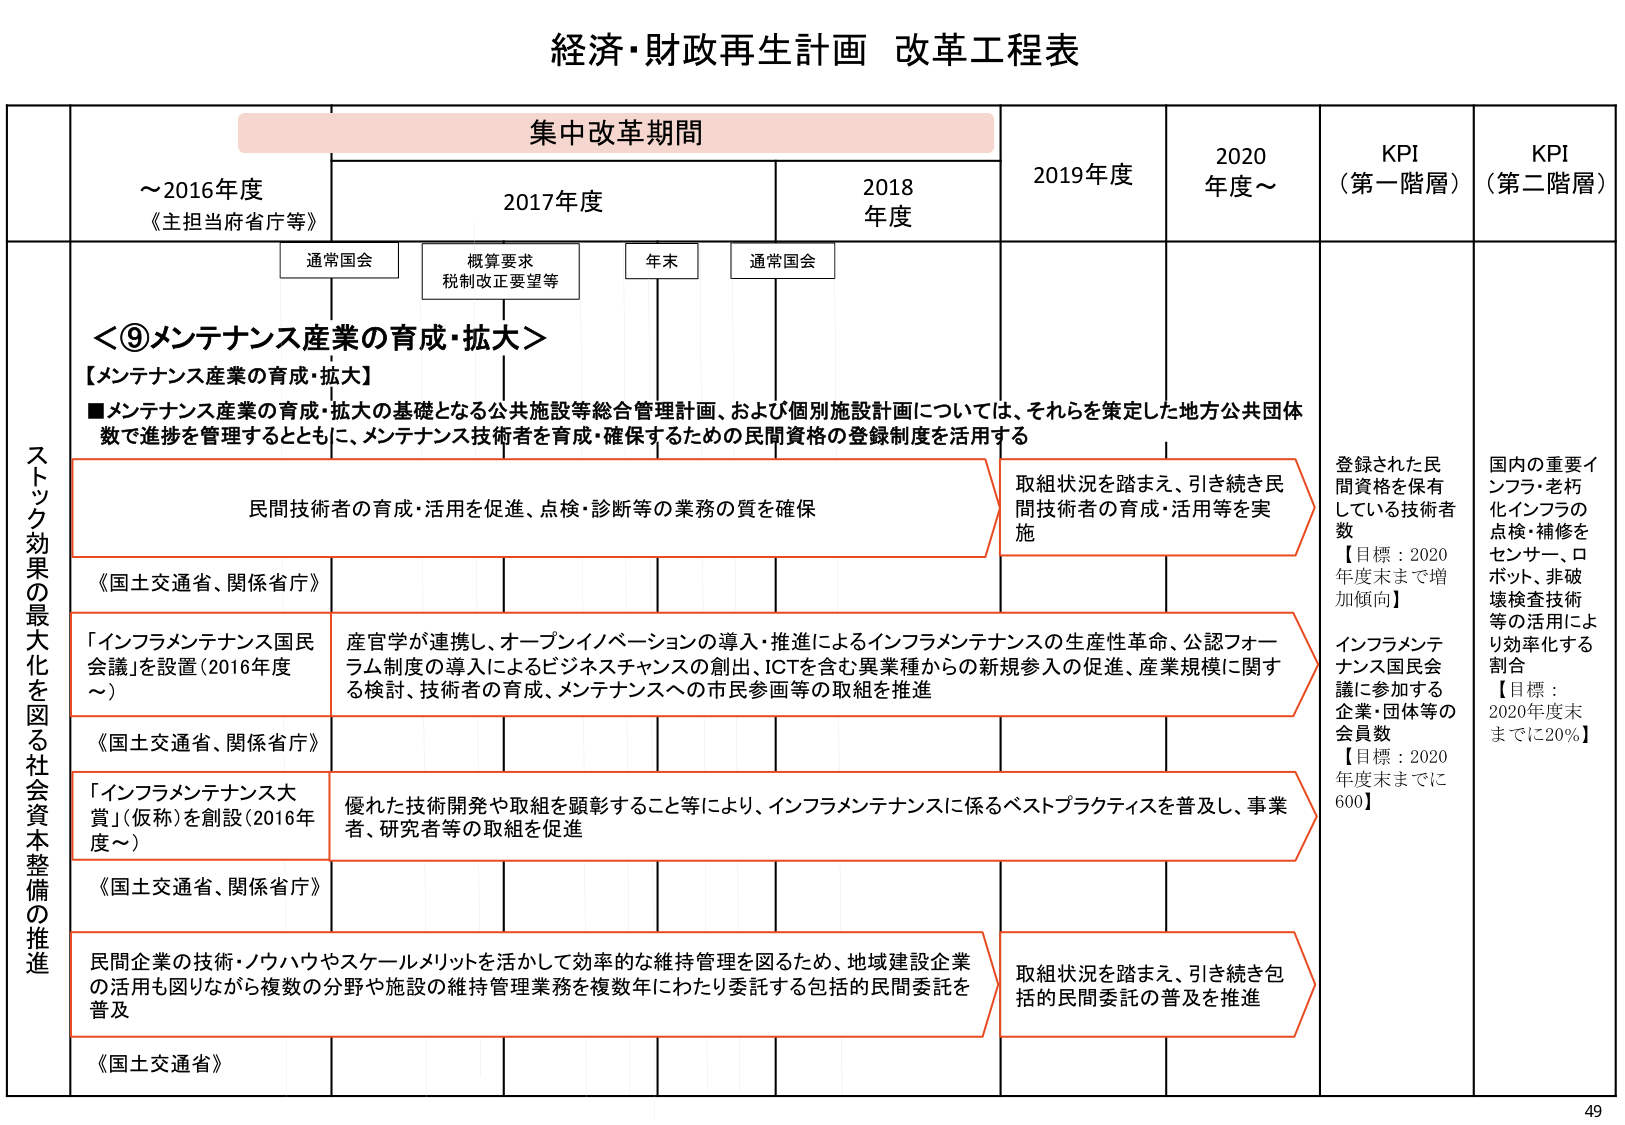
経済・財政再生計画 改革工程表

集中改革期間

～2016年度
《主担当府省庁等》

2017年度

2018年度

2019年度

2020年度～

KPI
（第一階層）

KPI
（第二階層）

通常国会

概算要求
税制改正要望等

年末

通常国会

ストック効果の最大化を図る社会資本整備の推進

＜⑨メンテナンス産業の育成・拡大＞

【メンテナンス産業の育成・拡大】

■メンテナンス産業の育成・拡大の基礎となる公共施設等総合管理計画、および個別施設計画については、それらを策定した地方公共団体数で進捗を管理するとともに、メンテナンス技術者を育成・確保するための民間資格の登録制度を活用する

民間技術者の育成・活用を促進、点検・診断等の業務の質を確保

取組状況を踏まえ、引き続き民間技術者の育成・活用等を実施

登録された民間資格を保有している技術者数
【目標：2020年度末までに増加傾向】

国内の重要インフラ・老朽化インフラの点検・補修をセンサー、ロボット、非破壊検査技術等の活用により効率化する割合
【目標：2020年度末までに20％】

《国土交通省、関係省庁》

「インフラメンテナンス国民会議」を設置（2016年度～）

産官学が連携し、オープンイノベーションの導入・推進によるインフラメンテナンスの生産性革命、公認フォーラム制度の導入によるビジネスチャンスの創出、ICTを含む異業種からの新規参入の促進、産業規模に関する検討、技術者の育成、メンテナンスへの市民参画等の取組を推進

インフラメンテナンス国民会議に参加する企業・団体等の会員数
【目標：2020年度末までに600】

《国土交通省、関係省庁》

「インフラメンテナンス大賞」（仮称）を創設（2016年度～）

優れた技術開発や取組を顕彰すること等により、インフラメンテナンスに係るベストプラクティスを普及し、事業者、研究者等の取組を促進

《国土交通省、関係省庁》

民間企業の技術・ノウハウやスケールメリットを活かして効率的な維持管理を図るため、地域建設企業の活用も図りながら複数の分野や施設の維持管理業務を複数年にわたり委託する包括的民間委託を普及

取組状況を踏まえ、引き続き包括的民間委託の普及を推進

《国土交通省》

49